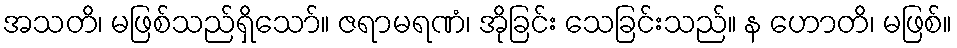
အသတိ၊ မဖြစ်သည်ရှိသော်။ ဇရာမရဏံ၊ အိုခြင်း သေခြင်းသည်။ န ဟောတိ၊ မဖြစ်။